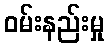
ဝမ်းနည်းမှု